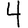
Digit: 4